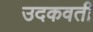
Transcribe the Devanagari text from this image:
उदकवती